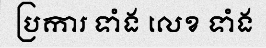
ប្រការ ទាំង លេខ ទាំង